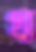
খা